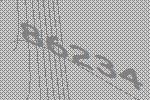
86234